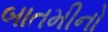
બાતમીનો